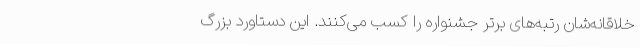
خلاقانه‌شان رتبه‌های برتر جشنواره را کسب می‌کنند. این دستاورد بزرگ